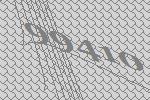
99410